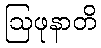
ဩဖုနာတိ